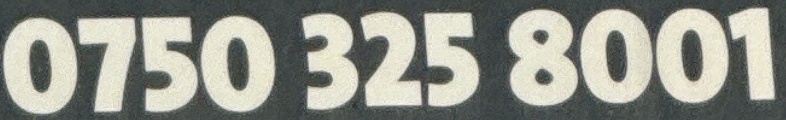
0750 325 8000